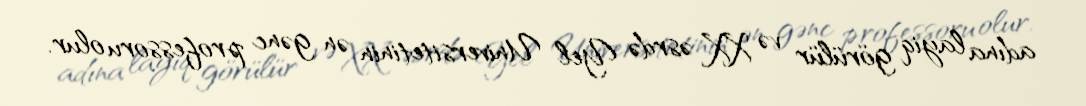
adına layiq görülür və XX əsrdə Yel Universitetinin ən gənc professoru olur.